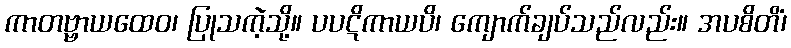
ကာတဗ္ဗာယထေဝ၊ ပြုသကဲ့သို့။ ပပဋိကာယပိ၊ ကျောက်ချပ်သည်လည်း။ အပစိတိံ၊